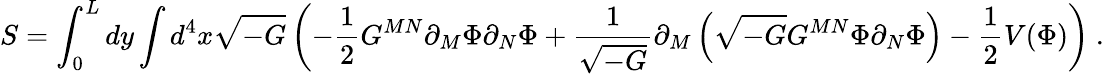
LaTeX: S=\int_{0}^{L}dy\int d^{4}x\sqrt{-G}\left(-\frac{1}{2}G^{MN}\partial_{M}\Phi\partial_{N}\Phi+\frac{1}{\sqrt{-G}}\partial_{M}\left(\sqrt{-G}G^{MN}\Phi\partial_{N}\Phi\right)-\frac{1}{2}V(\Phi)\right)\ .